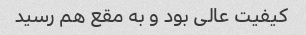
کیفیت عالی بود و به مقع هم رسید